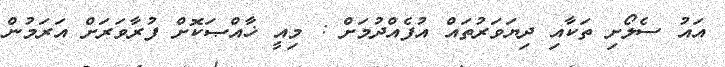
އައު ސެލޯށި ތަކާއި ދިޔަވަރުތައް އުފެއްދުމަށް : މިއީ ޚާއްޞަކޮށް ފުރާވަރަށް އަރަމުން